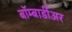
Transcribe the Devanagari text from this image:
बॉम्बार्डीअर